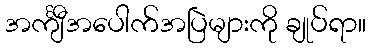
အင်္ကျီအပေါက်အပြဲများကို ချုပ်ရာ။